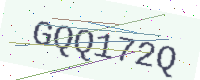
Text: GQQ172Q